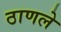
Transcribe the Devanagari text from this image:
ठाणले